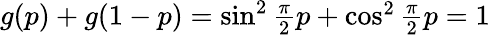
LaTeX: \begin{array}{r}{g(p)+g(1-p)=\sin^{2}\frac{\pi}{2}p+\cos^{2}\frac{\pi}{2}p=1}\end{array}